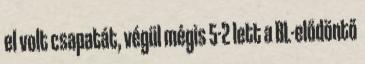
el volt csapatát, végül mégis 5-2 lett a BL-elődöntő